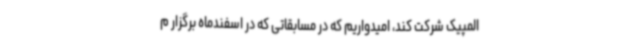
المپیک شرکت کند، امیدواریم که در مسابقاتی که در اسفندماه برگزار م